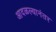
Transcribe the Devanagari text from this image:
आदळल्यानंतर